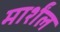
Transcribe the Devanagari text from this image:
मार्शंल